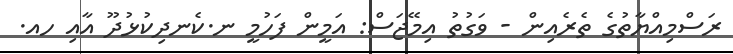
ރަަސްމިއްޔާތުގެ ތެރެއިން - ވަގުތު އިމޭޖަސް: އަމީން ފަހުމީ ނ.ކެނދިކުޅުދޫ އާއި ހއ.